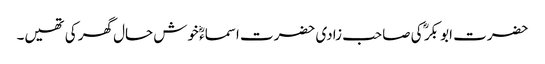
حضرت ابو بکر ؓ کی صاحب زادی حضرت اسماءؓ خوش حال گھر کی تھیں۔